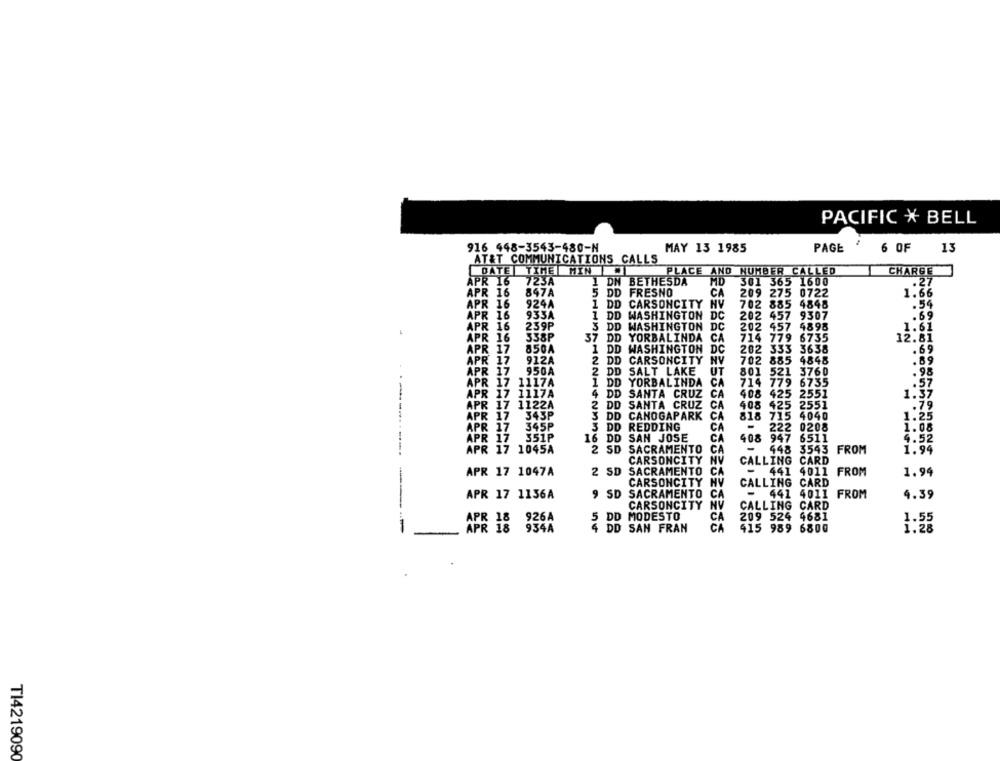
PACIFIC * BELL
916 448-3543-480-N
MAY 13 1985
PAGE
6 OF
13
AT&T COMMUNICATIONS CALLS
DATE TIME HIN
PLACE AND NUMBER CALLED
CHARGE
APR 16
723A
1 DN BETHESDA
AB
301 365 1600
.27
APR 16
847A
5 DD
FRESNO
CA
209 275 0722
1.66
APR 16
924A
1 DD CARSONCITY NV
702 885 4848
.54
APR 16
933A
1 DD WASHINGTON DC
202 457 9307
.69
APR 16
239P
3 DD WASHINGTON DC
202 457 4898
1.61
338P
APR 16
37 DD
YORBALINDA CA
714 779 6735
12.81
APR 17
850A
1 DD WASHINGTON DC
202 333 3638
.69
APR 17
912A
2 DD CARSONCITY
NV
702
885 4848
.89
APR 17
950A
2 DD SALT LAKE
UT
801
521 3760
.98
APR 17
1117A
1 DD YORBALINDA CA
714 779 6735
.57
APR 17 1117A
4 DD SANTA CRUZ CA
408
425 2551
1:37
APR 17 1122A
CA
408
425 2551
2 DD SANTA CRUZ
.79
APR 17
345P
3 DD CANOGAPARK
CA
818
715 4040
1.25
APR 17
345P
3 DD REDDING
CA
222
0208
1.08
APR 17
351P
16 DD SAN JOSE
CA
408 947 6511
4.52
APR 17 1045A
2 SD SACRAMENTO
CA
448 3543
1.94
---------
CARSONCITY
CALLING CARD
APR 17 1047A
2 SD
SACRAMENTO CA
- 441 4011 FROM
1.94
CARSONCITY NV
CALLING CARD
APR 17 1136A
9 SD SACRAMENTO CA
- 441 4011 FROM
4.39
CARSONCITY
NV
CALLING CARD
5 DD MODESTO
CA
209 524 4681
1.55
1
APR 18 926A
CA
APR 18
934A
4
DD SAN FRAN
415 989 6800
1.28
TI4219090